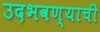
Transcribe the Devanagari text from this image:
उदभवण्याची